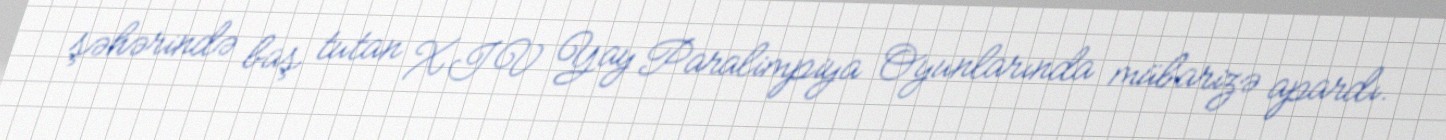
şəhərində baş tutan XIV Yay Paralimpiya Oyunlarında mübarizə apardı.